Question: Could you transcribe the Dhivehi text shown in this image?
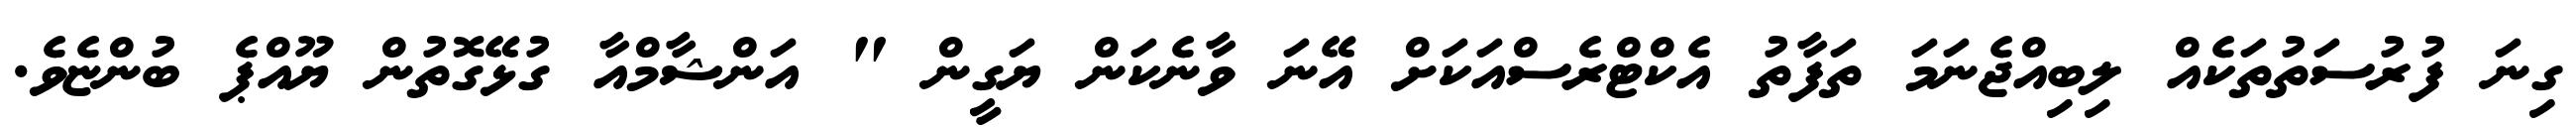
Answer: ގިނަ ފުރުސަތުތަކެއް ލިބިއްޖެނަމަ ތަފާތު އެކްޓްރެސްއަކަށް އޭނަ ވާނެކަން ޔަގީން " އަންޝާމްއާ ގުޅޭގޮތުން ޔޫއްޕެ ބުންޏެވެ.